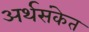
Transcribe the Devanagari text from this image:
अर्थसंकेत